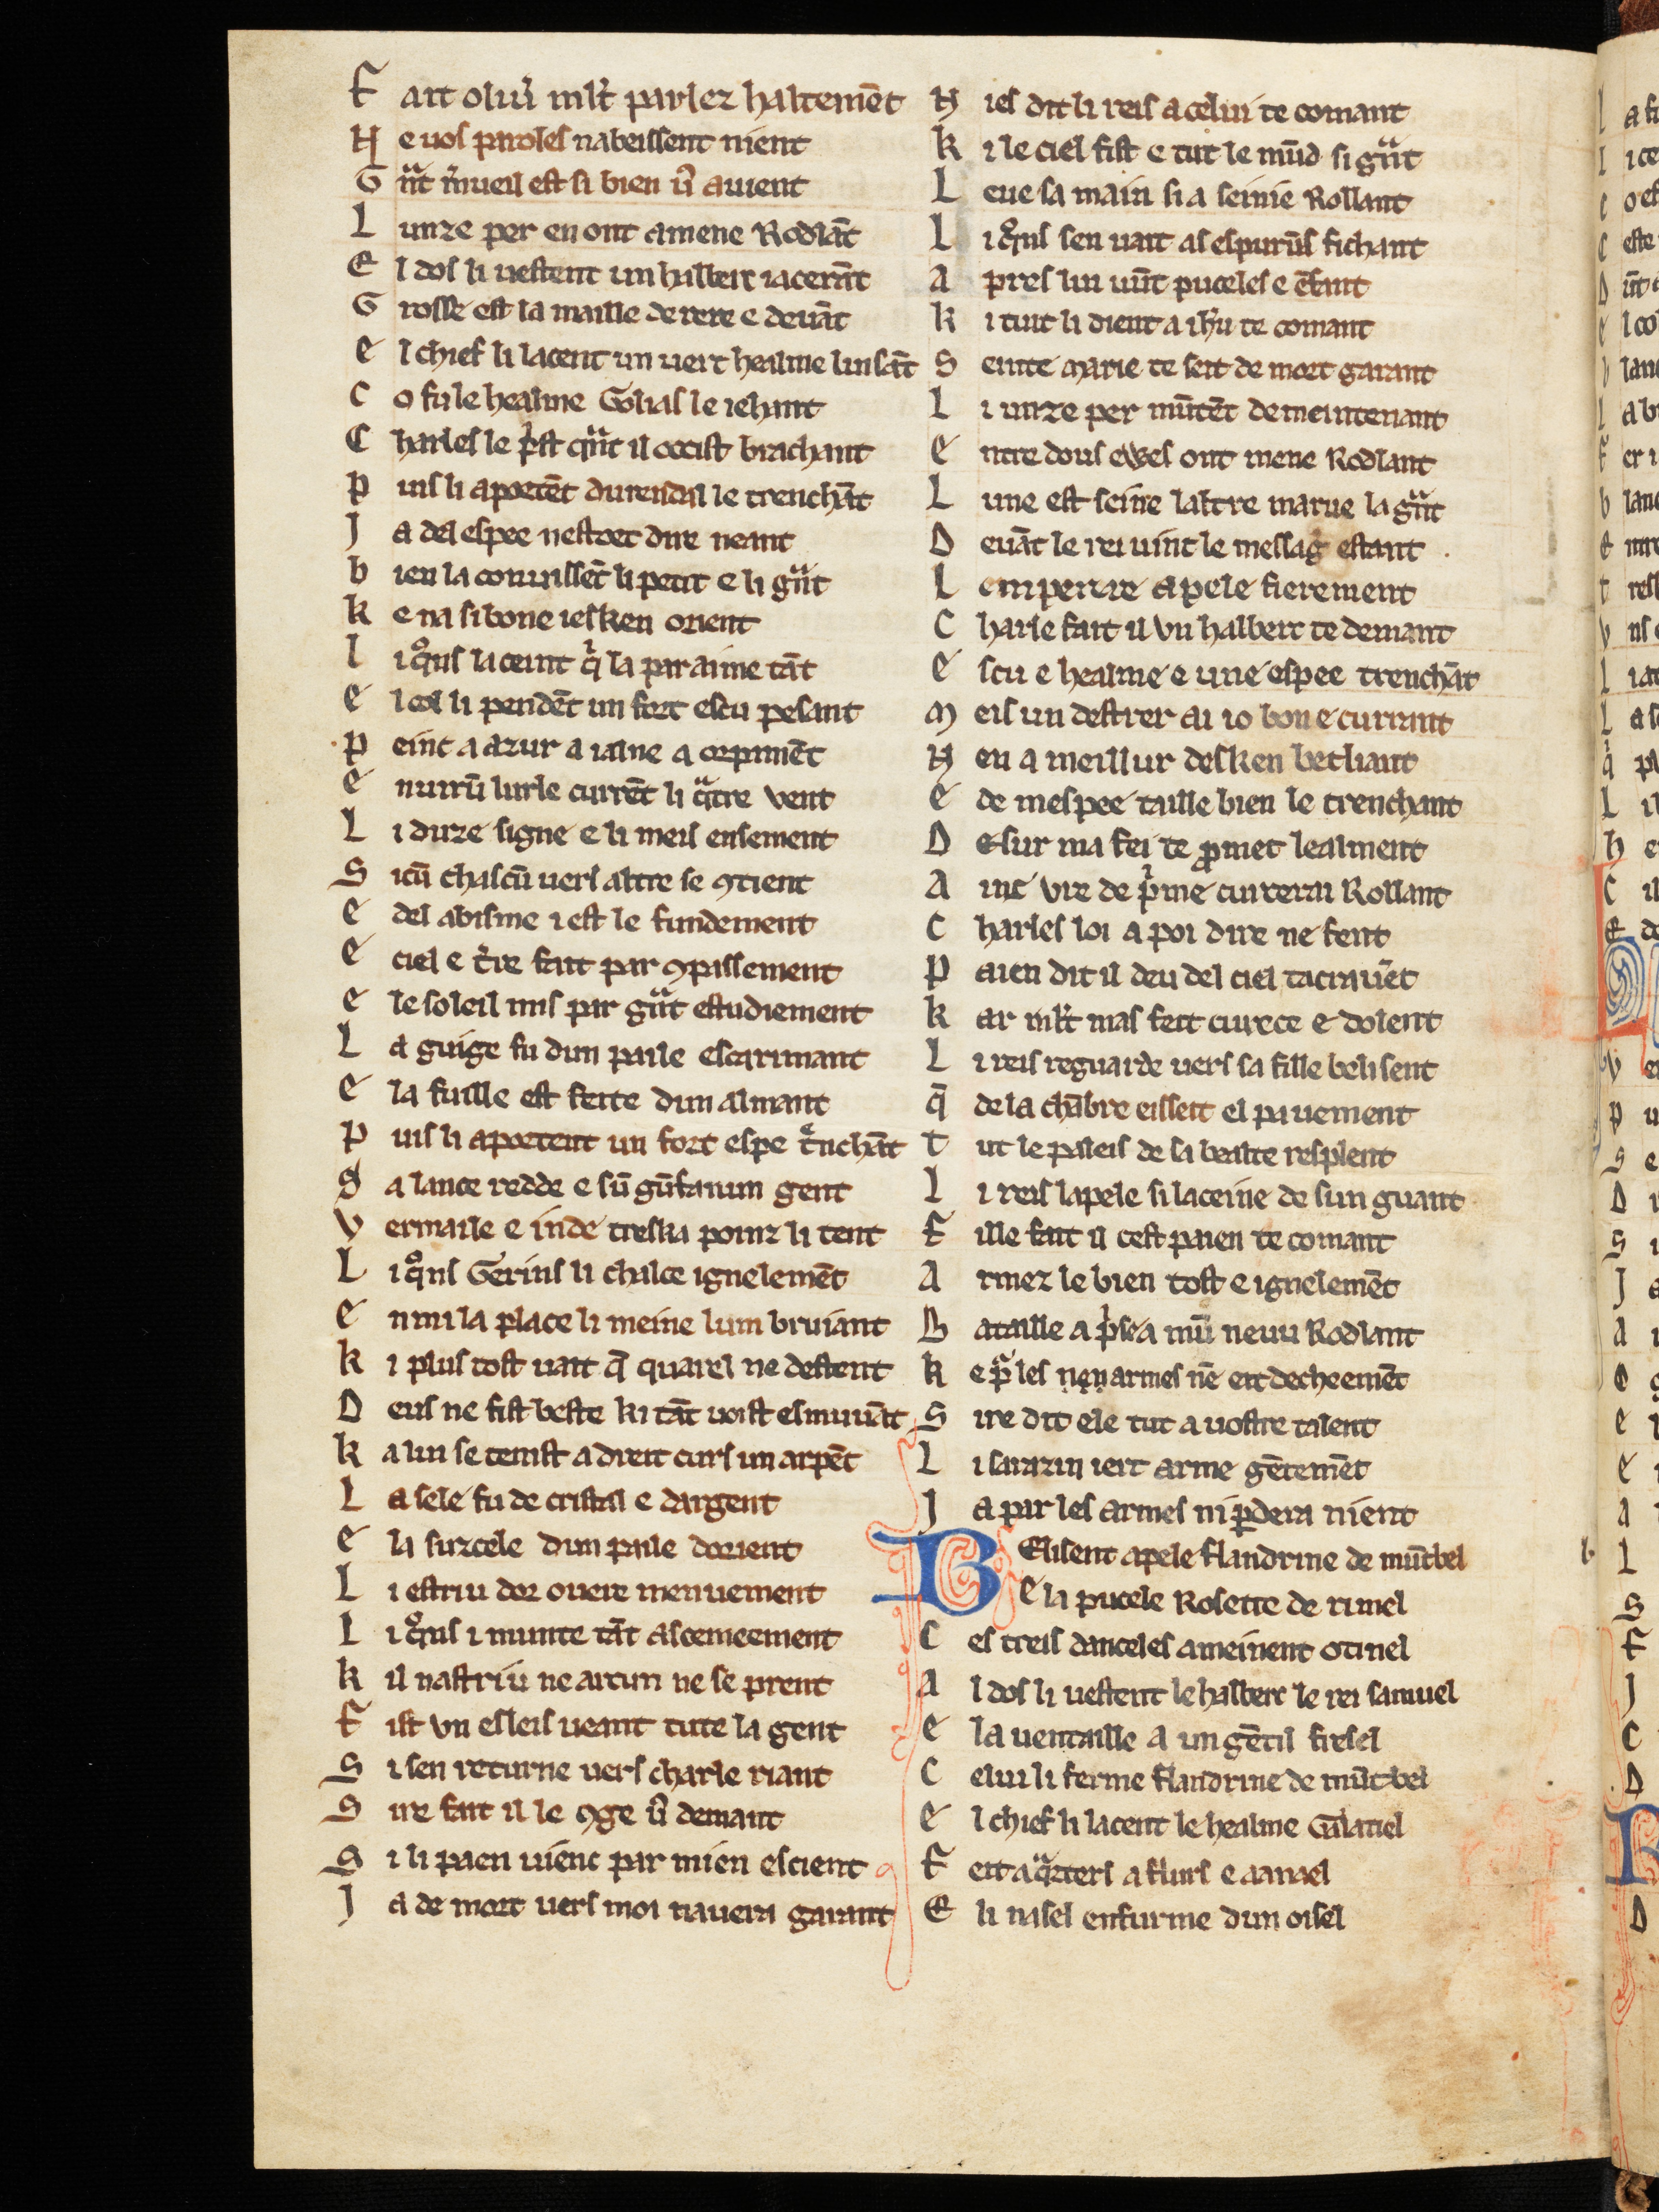
Shelfmark: Cologne, Bodmer, 168
Century: 13